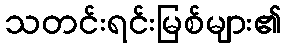
သတင်းရင်းမြစ်များ၏